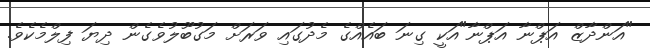
"އަންދާޒް އަޕްނާ އަޕްނާ"އަކީ ގިނަ ބައެއްގެ މެދުގައި ވަރަށް މަގުބޫލުވެގެން ދިޔަ ފިލްމެކެވެ.